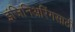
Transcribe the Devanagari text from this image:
इंजिनिअरिंगसाठी